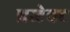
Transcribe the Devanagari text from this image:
प्रजेक्ट